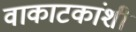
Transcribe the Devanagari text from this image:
वाकाटकांशी